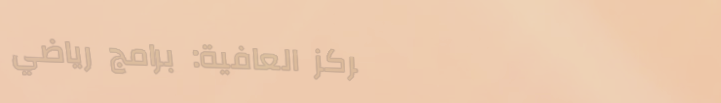
مركز العافية: برامج رياضي